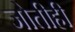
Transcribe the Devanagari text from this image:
जोतीही